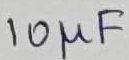
Text: 10µF